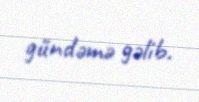
gündəmə gəlib.